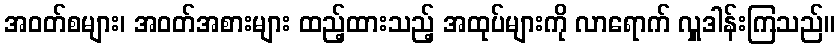
အဝတ်စများ၊ အဝတ်အစားများ ထည့်ထားသည့် အထုပ်များကို လာရောက် လှူဒါန်းကြသည်။